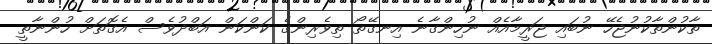
ތާކުންތާކުނުޖެހޭ ނުބައި ޖަރީމާއެއް ނުހިންގާނެ އިނގޭތޯ ތިވެރިންގެ ކަންކަން އަބްދުވެސް އެގޮތަށް ހުންނާތީ